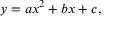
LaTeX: y = a x ^ { 2 } + b x + c ,